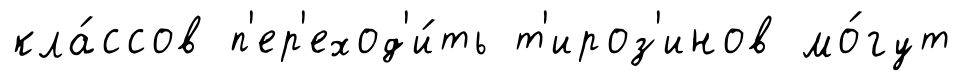
кла́ссов п'ер'еход'и́ть т'ироз'инов мо́гут